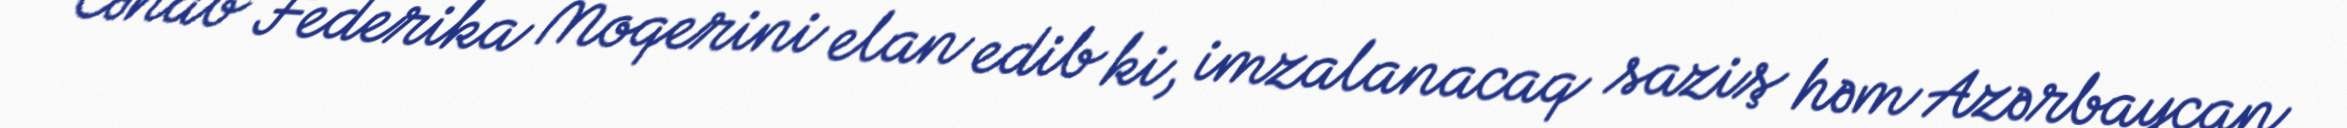
Cənab Federika Moqerini elan edib ki, imzalanacaq saziş həm Azərbaycan